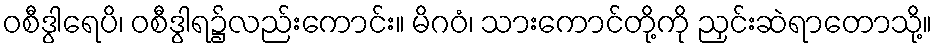
ဝစီဒွါရေပိ၊ ဝစီဒွါရ၌လည်းကောင်း။ မိဂဝံ၊ သားကောင်တို့ကို ညှင်းဆဲရာတောသို့။